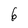
Character: 6